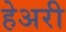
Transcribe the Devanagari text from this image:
हेअरी